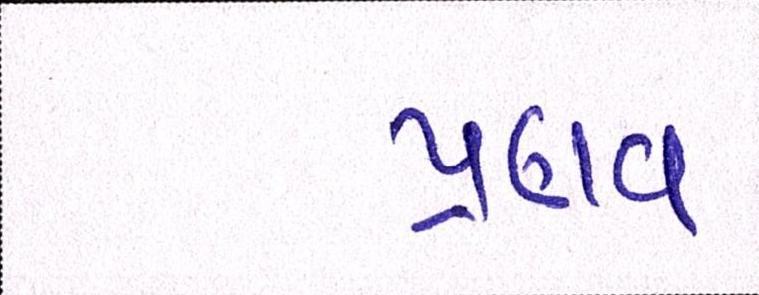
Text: પ્રણવ